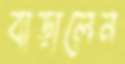
বাড়ালেন